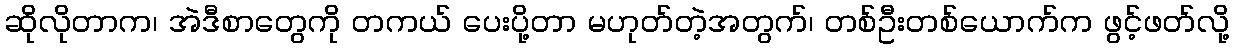
ဆိုလိုတာက၊ အဲဒီစာတွေကို တကယ် ပေးပို့တာ မဟုတ်တဲ့အတွက်၊ တစ်ဦးတစ်ယောက်က ဖွင့်ဖတ်လို့